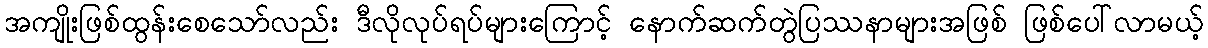
အကျိုးဖြစ်ထွန်းစေသော်လည်း ဒီလိုလုပ်ရပ်များကြောင့် နောက်ဆက်တွဲပြဿနာများအဖြစ် ဖြစ်ပေါ်လာမယ့်